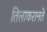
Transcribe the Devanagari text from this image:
तिलाकरानते